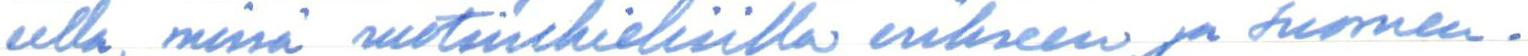
eella, missä ruotsinkielisilla erikseen ja suomen-